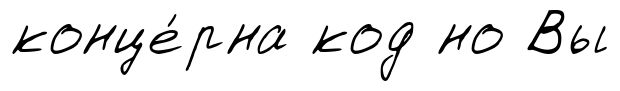
конце́рна код но Вы